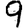
Digit: 9